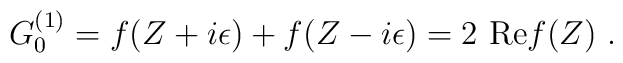
G^{(1)}_{0}= f(Z+i\epsilon)+f(Z-i\epsilon) = 2~{\rm Re} f(Z)~.